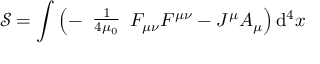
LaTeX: { \mathcal { S } } = \int \left( - { \begin{array} { l } { { \frac { 1 } { 4 \mu _ { 0 } } } } \end{array} } F _ { \mu \nu } F ^ { \mu \nu } - J ^ { \mu } A _ { \mu } \right) \mathrm { d } ^ { 4 } x